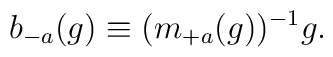
b_{-a}(g) \equiv (m_{+a}(g))^{-1} g.